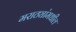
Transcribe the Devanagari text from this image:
मराठ्यांमधील